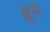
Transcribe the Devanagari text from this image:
ब्रुनै